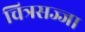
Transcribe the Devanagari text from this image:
चित्रसज्जा